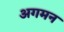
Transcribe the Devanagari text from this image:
अगमन